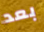
بعد